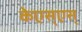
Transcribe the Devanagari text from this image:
केएस्‌एस्‌